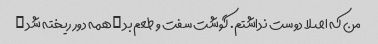
من که اصلا دوست نداشتم. گوشت سفت و طعم بد …همه دور ریخته شد …